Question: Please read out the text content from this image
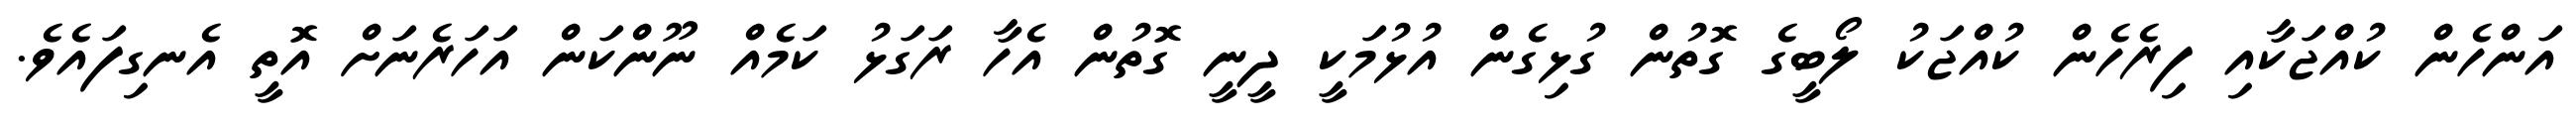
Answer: އަންހެން ކުއްޖަކާއި ފިރެހެން ކުއްޖަކު ލޯބީގެ ގޮތުން ގުޅިގެން އުޅުމަކީ ދީނީ ގޮތުން އެހާ ރަގަޅު ކަމެއް ނޫންކަން އަހަރެނަށް އޮތީ އެނގިފައެވެ.